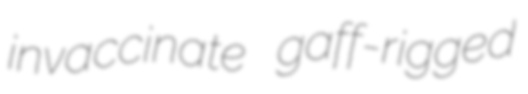
invaccinate gaff-rigged